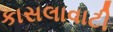
કાસલાવાટી